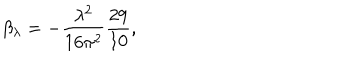
LaTeX: \beta _ { \lambda } = - \frac { \lambda ^ { 2 } } { 1 6 \pi ^ { 2 } } \frac { 2 9 } { 1 0 } ,